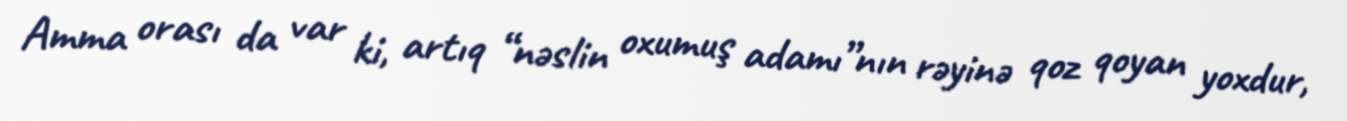
Amma orası da var ki, artıq “nəslin oxumuş adamı”nın rəyinə qoz qoyan yoxdur,